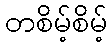
တစိမ့်စိမ့်